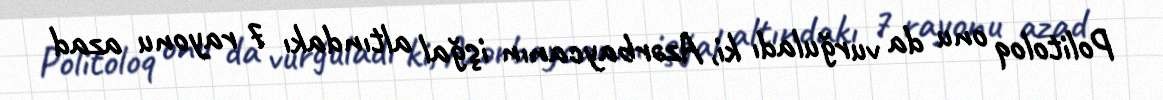
Politoloq onu da vurğuladı ki, Azərbaycanın işğal altındakı 7 rayonu azad